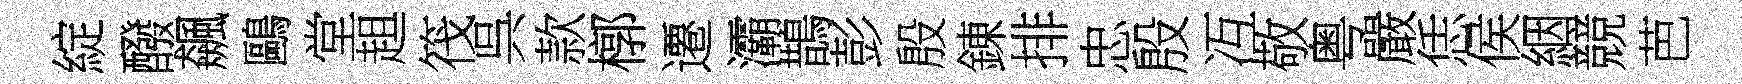
綻醱飆鷗堂趄筏呉款槨遷灞鵲彭殷錬排忠殷冱敬粤嚴恁侯絪競芭